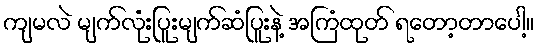
ကျမလဲ မျက်လုံးပြူးမျက်ဆံပြူးနဲ့ အကြံထုတ် ရတော့တာပေါ့။